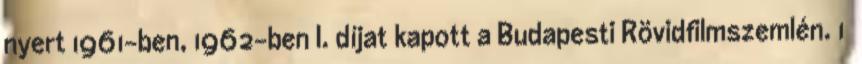
nyert 1961-ben, 1962-ben I. díjat kapott a Budapesti Rövidfilmszemlén. 1